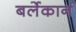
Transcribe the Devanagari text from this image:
बर्लेकार्न